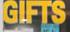
gifts